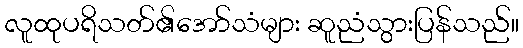
လူထုပရိသတ်၏အော်သံများ ဆူညံသွားပြန်သည်။